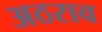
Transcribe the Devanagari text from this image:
अठराव